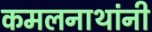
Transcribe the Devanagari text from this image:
कमलनाथांनी